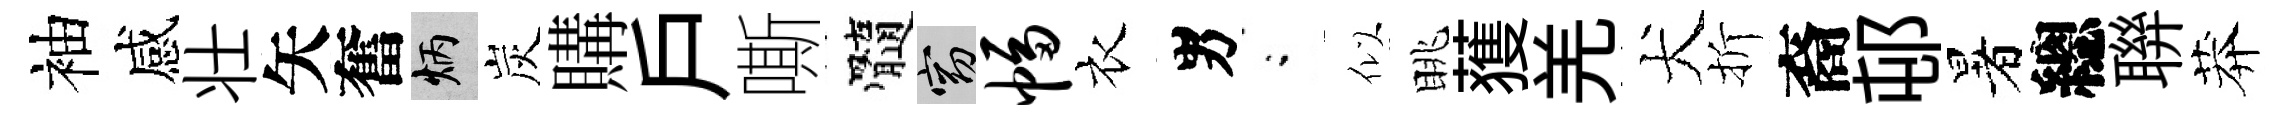
袖感壮矢奮炳炭購戶嘶髓窈幅衣男閤似眺𫉬羌犬折裔邨暑總聨莽